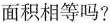
面积相等吗?